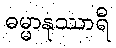
ဓမ္မာနုဿာရီ